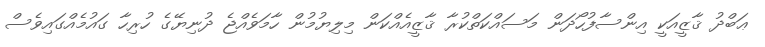
ޢަބްދު ޤާޒީއަކީ އިންސާފުހޯދަން މަސައްކަތްކުރާ ޤާޒީއެއްކަން މިލިޔުމުން ހާމަވެއްޖެ ދުނިޔޭގެ ހުރިހާ ގައުމެއްގައިވެސް